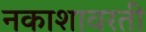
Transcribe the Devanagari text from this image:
नकाशावरती